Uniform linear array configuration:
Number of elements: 64
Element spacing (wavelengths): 0.5
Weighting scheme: blackman
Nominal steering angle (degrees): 60
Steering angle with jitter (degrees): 59.352
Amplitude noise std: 0.05
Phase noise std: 0.05

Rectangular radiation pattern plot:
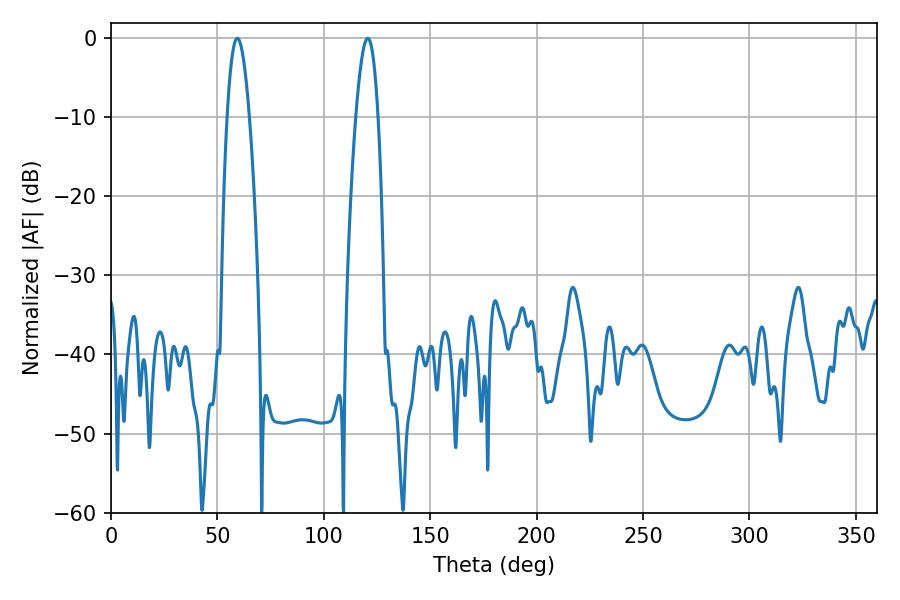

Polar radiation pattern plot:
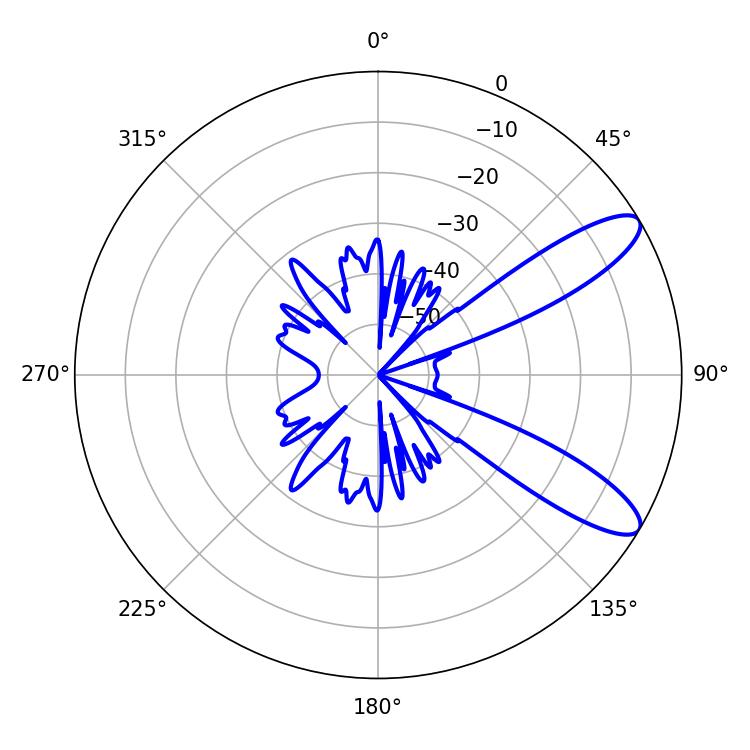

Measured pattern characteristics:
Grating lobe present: FALSE
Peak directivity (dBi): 10.313
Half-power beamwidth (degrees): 5.58
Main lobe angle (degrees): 59.4